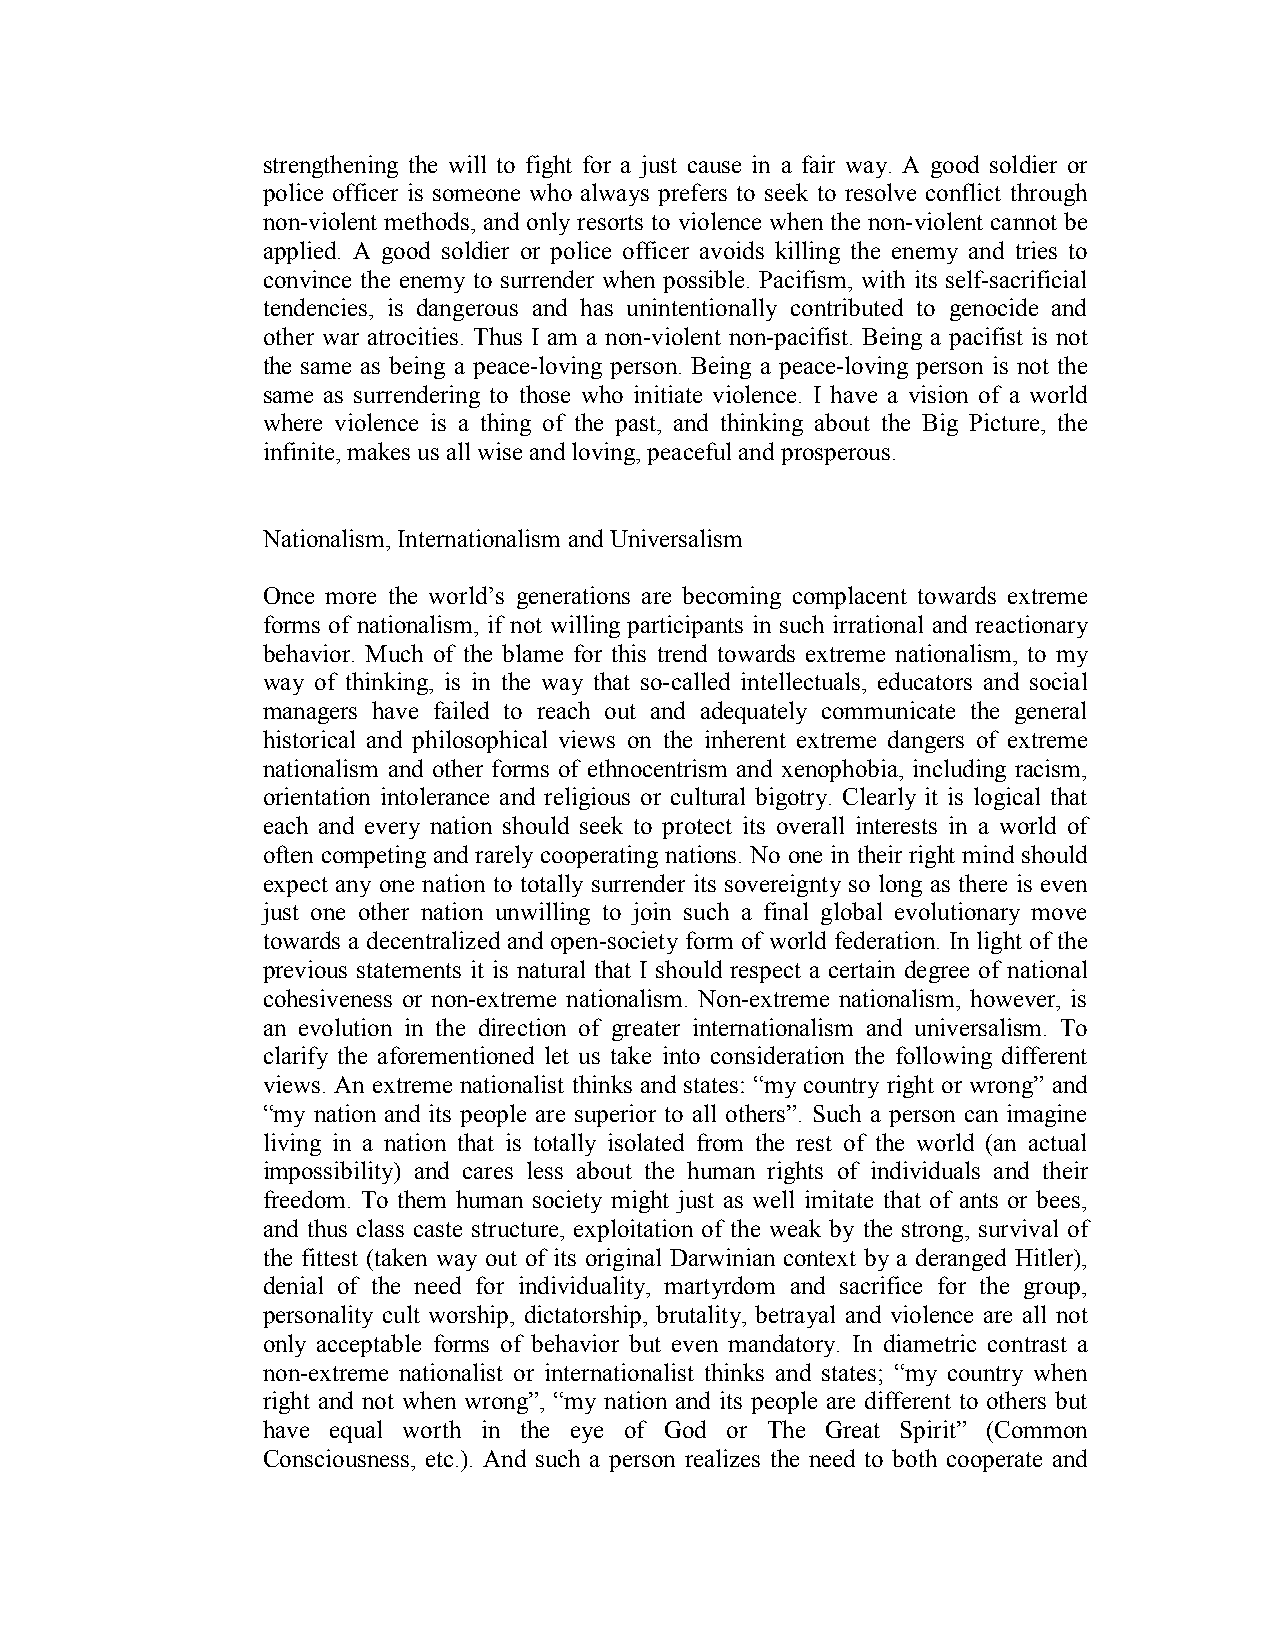
strengthening the will to fight for a just cause in a fair way. A good soldier or
 police officer is someone who always prefers to seek to resolve conflict through
 non-violent methods, and only resorts to violence when the non-violent cannot be
 applied. A good soldier or police officer avoids killing the enemy and tries to
 convince the enemy to surrender when possible. Pacifism, with its self-sacrificial
 tendencies, is dangerous and has unintentionally contributed to genocide and
 other war atrocities. Thus I am a non-violent non-pacifist. Being a pacifist is not
 the same as being a peace-loving person. Being a peace-loving person is not the
 same as surrendering to those who initiate violence. I have a vision of a world
 where violence is a thing of the past, and thinking about the Big Picture, the
 infinite, makes us all wise and loving, peaceful and prosperous.
 Nationalism, Internationalism and Universalism
 Once more the world’s generations are becoming complacent towards extreme
 forms of nationalism, if not willing participants in such irrational and reactionary
 behavior. Much of the blame for this trend towards extreme nationalism, to my
 way of thinking, is in the way that so-called intellectuals, educators and social
 managers have failed to reach out and adequately communicate the general
 historical and philosophical views on the inherent extreme dangers of extreme
 nationalism and other forms of ethnocentrism and xenophobia, including racism,
 orientation intolerance and religious or cultural bigotry. Clearly it is logical that
 each and every nation should seek to protect its overall interests in a world of
 often competing and rarely cooperating nations. No one in their right mind should
 expect any one nation to totally surrender its sovereignty so long as there is even
 just one other nation unwilling to join such a final global evolutionary move
 towards a decentralized and open-society form of world federation. In light of the
 previous statements it is natural that I should respect a certain degree of national
 cohesiveness or non-extreme nationalism. Non-extreme nationalism, however, is
 an evolution in the direction of greater internationalism and universalism. To
 clarify the aforementioned let us take into consideration the following different
 views. An extreme nationalist thinks and states: “my country right or wrong” and
 “my nation and its people are superior to all others”. Such a person can imagine
 living in a nation that is totally isolated from the rest of the world (an actual
 impossibility) and cares less about the human rights of individuals and their
 freedom. To them human society might just as well imitate that of ants or bees,
 and thus class caste structure, exploitation of the weak by the strong, survival of
 the fittest (taken way out of its original Darwinian context by a deranged Hitler),
 denial of the need for individuality, martyrdom and sacrifice for the group,
 personality cult worship, dictatorship, brutality, betrayal and violence are all not
 only acceptable forms of behavior but even mandatory. In diametric contrast a
 non-extreme nationalist or internationalist thinks and states; “my country when
 right and not when wrong”, “my nation and its people are different to others but
 have equal worth in the eye of God or The Great Spirit” (Common
 Consciousness, etc.). And such a person realizes the need to both cooperate and